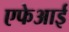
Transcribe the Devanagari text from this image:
एफेआई